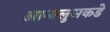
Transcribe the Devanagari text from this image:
आन्श्लुसकडे